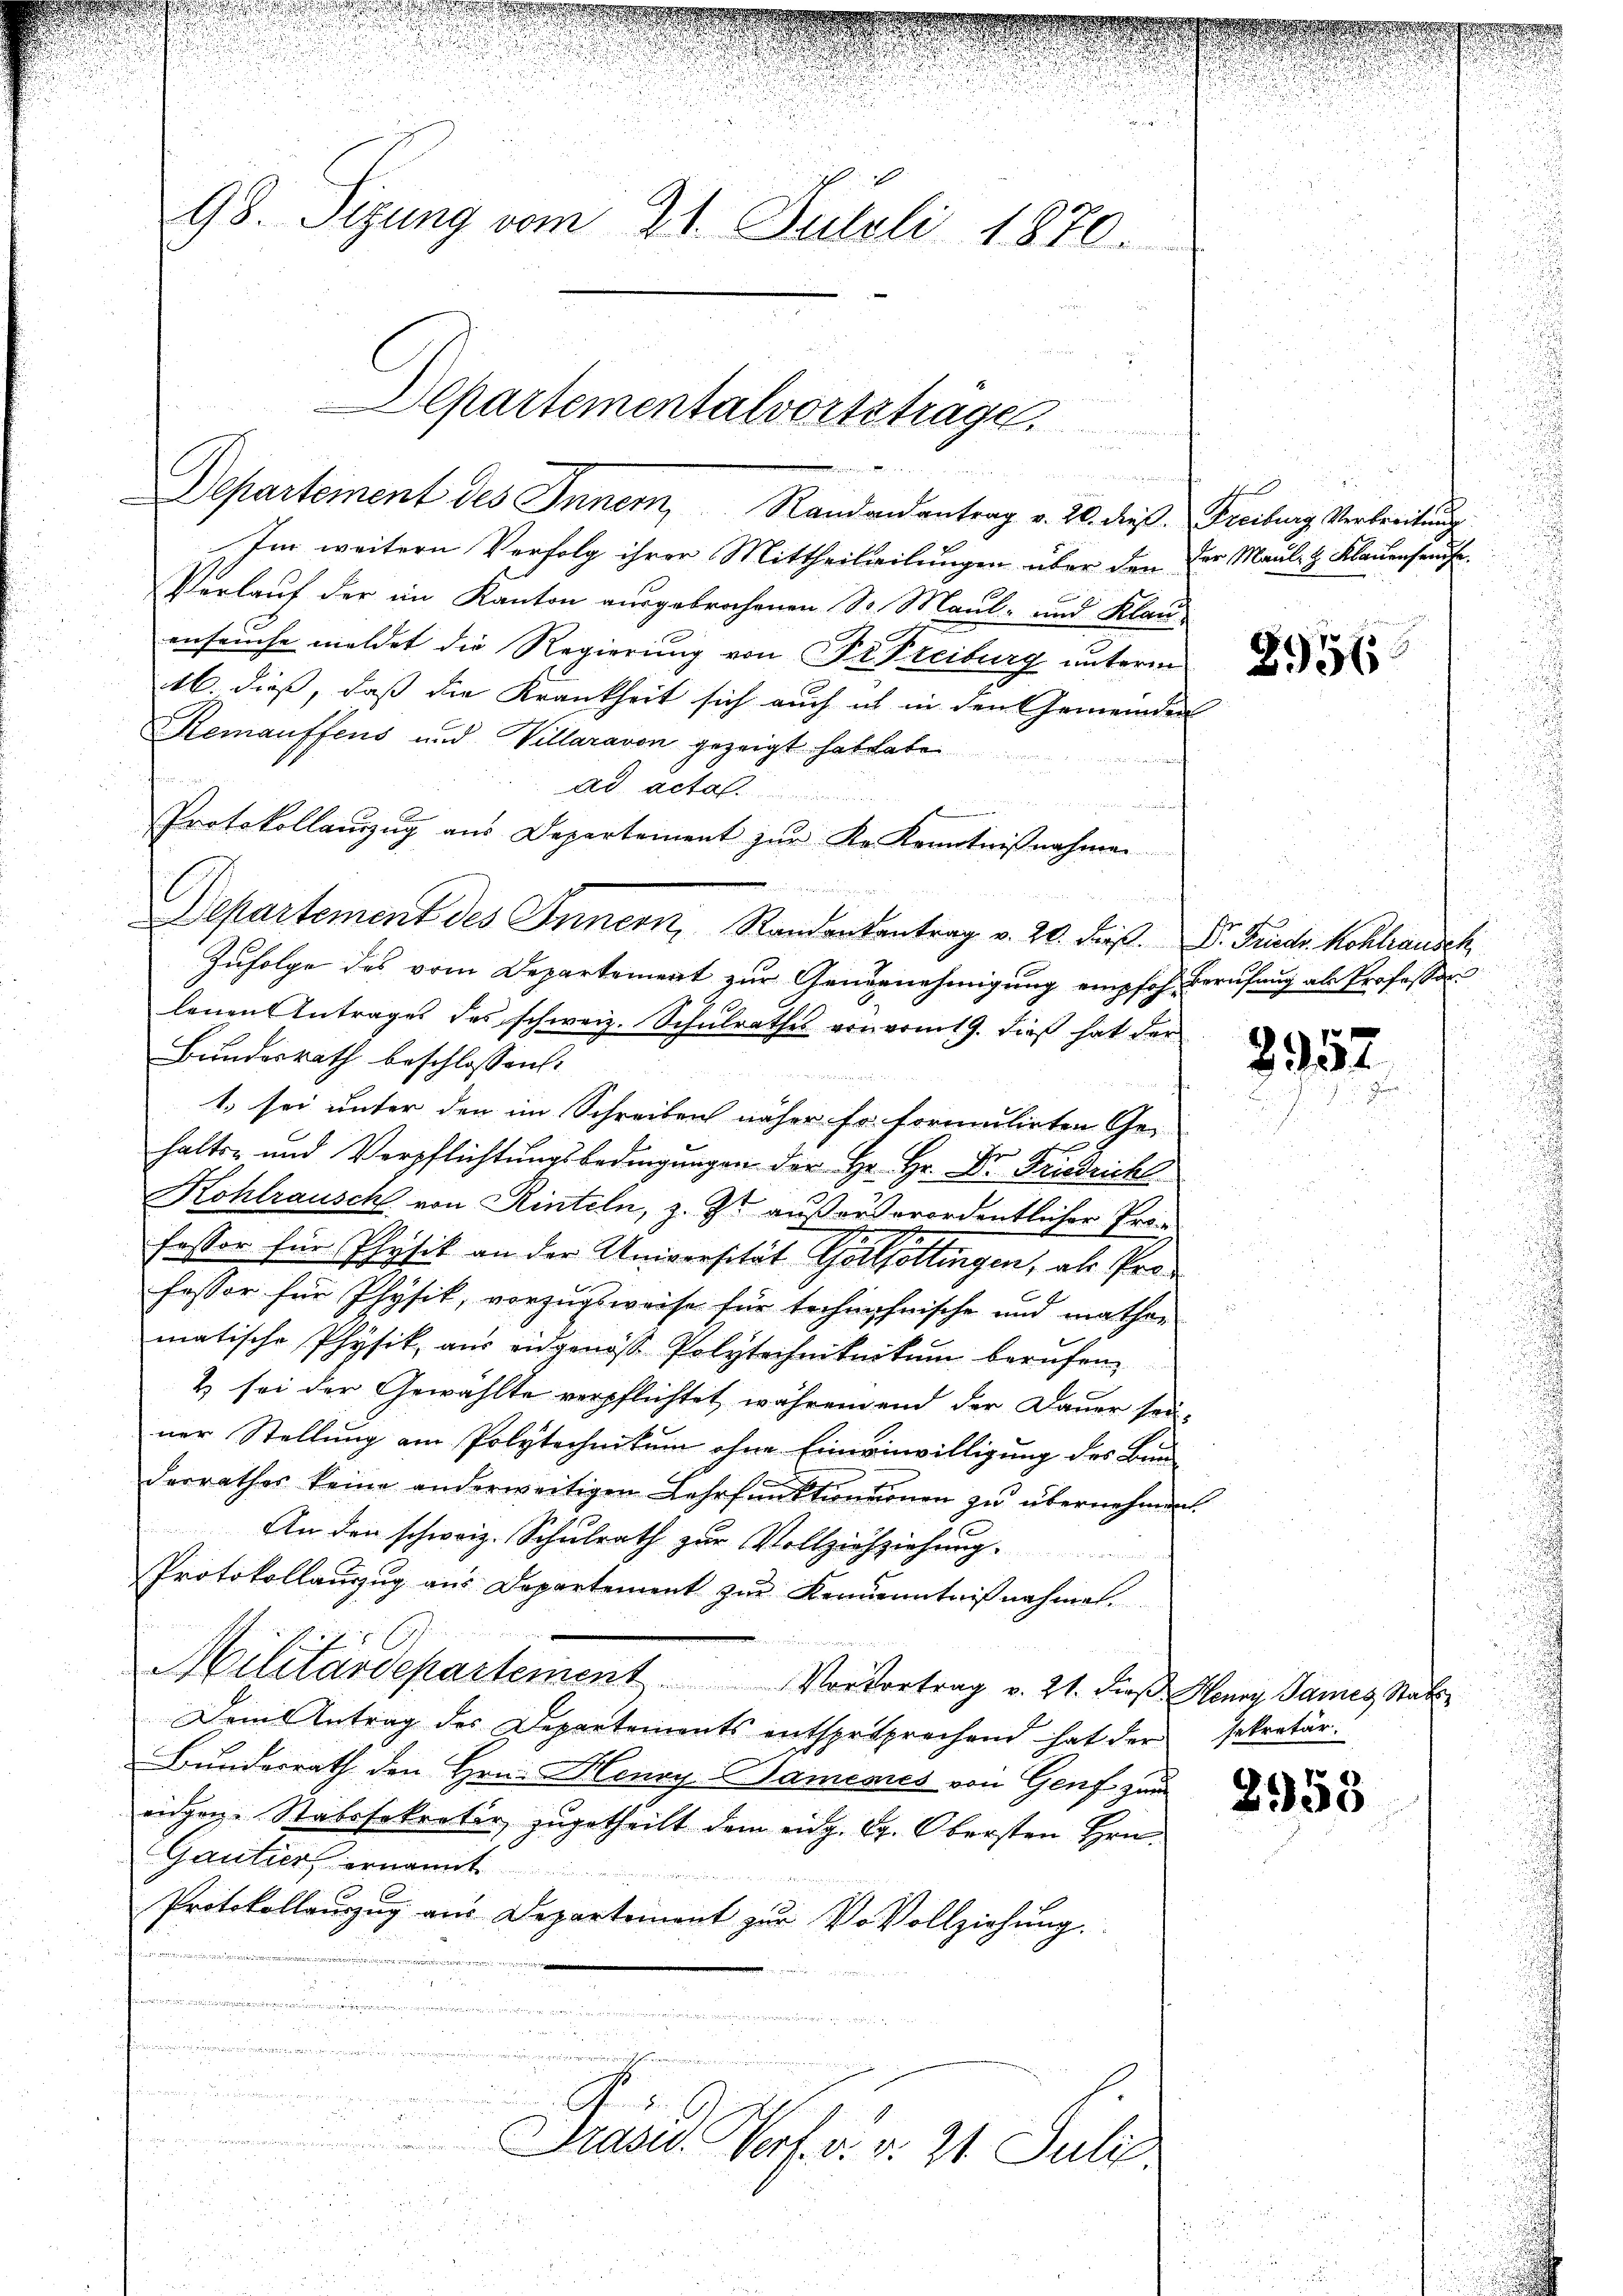
u
Departementalvortetrage.
n
a

98. Sizung vom 21. Juloli 1870.

Departement des Inner, Randendantrag v. 20. dieß. Freiburg Verbreitung
Im weitern Verfolg ihrer Mittheilteilungen über den der Maul- & Klauenseuche.
Verlauf der im Kanton ausgebrochenen Sr. Maul- und Klauenfeinse meldet die Regierung von Dr. Freiburg unterm
16. dieß, daß die Krankheit sich auch ich in den Gemeinden
Remauffens und Villaravon gezeigt hat habe
f
ad acta
e
d
Protokollauszug aus Departement zur Kr. Kenntnißnahmen

Departement des Innern, Randententrag v. 20. Fuß. Dr. Finde Hohllausch
Zufolge des vom Departement zur Genernehmigung empfoh. Berufung als Professor
lenen Antrages des schweiz. Schulrathes von vom 19. dieß hat der
Bundesrath beschlossen:
1. sei unter den im Schreiben näher Fr. formulirten Ge-
halts- und Verpflichtŭngsbedingungen der Hr. Hr. Dr. Friedrich
Kohlrausch von Rinteln, z. Zt. auß außerordentlicher Professor für Physik an der Universität Gallettingen, als Professor für Physik, vorzugsweise für technehnische und mathen
matische Physik, aus eidgenos Polytechniknitum berufen.
& sei der Gewählte verpflichtet, währendend der Dauer sei-
ner Stellung am Polytechnitum ohne Eineinwilligung des Bun-
derrathes keine anderweitigen Lehrfŭnktensionen zŭ übernehmen.
An den schweiz. Schulrath zur Vollziehziehung
Protokollanzug aus Departement zur Kennenntnißnahmen.
1
Militärdepartement Vervortrag v. 21. dieβ Henry James Stat
Dem Antrag des Departements entsprsprechend hat der sekretär-
Bundesrath den Hrn. Henry Samenes von Genf zum
eidgen. Stabssekretir zugetheilt dem eidg. Gg. Obersten Hrn.
Gautier ernannt
Protokollauszug aus Departement zur Vovollziehung.
.
.

e

Brennung 1 25 an der Bestimmung einig gern auc
G S.

2
.
Präsid.. Verf. v. v. 21. Juli.

2956

d

8952

858